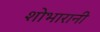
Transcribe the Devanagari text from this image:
शोभारानी